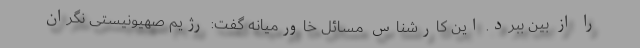
را از بین ببرد. این کارشناس مسائل خاورمیانه گفت: رژیم صهیونیستی نگران